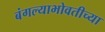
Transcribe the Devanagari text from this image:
बंगल्याभोवतीच्या